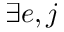
\exists e , j